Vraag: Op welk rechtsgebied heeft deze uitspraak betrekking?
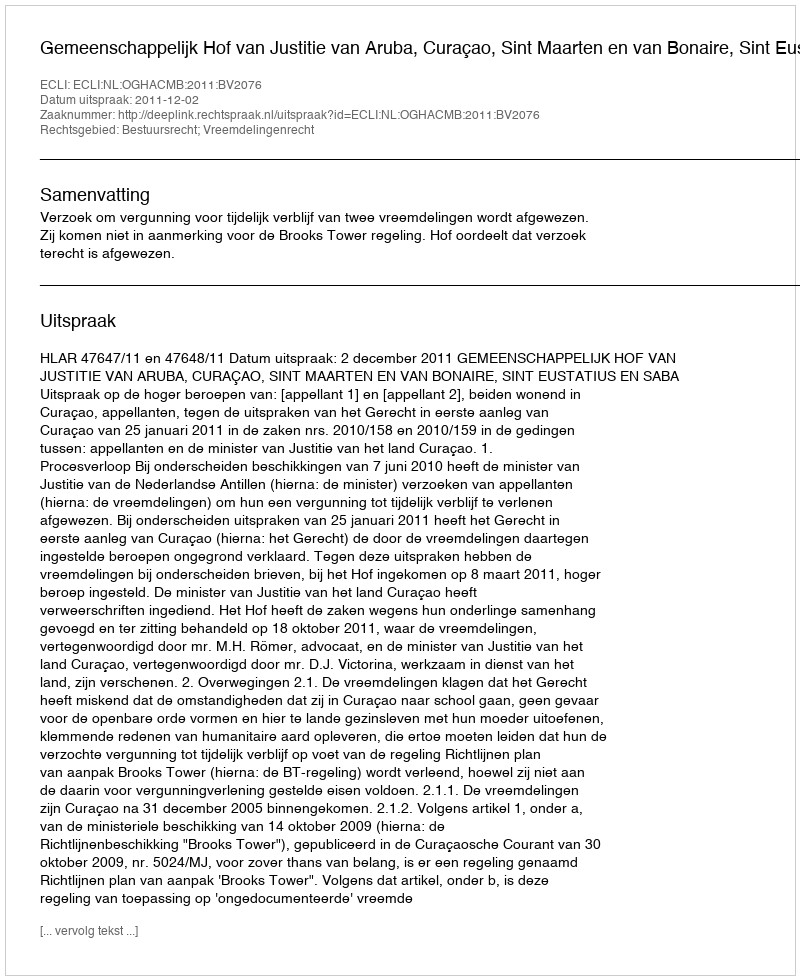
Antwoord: Bestuursrecht; Vreemdelingenrecht